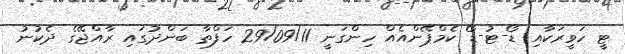
ޓީ ހަވީރަކާއި ޑޯ-ޓު-ޑޯ ކެމްޕޭންއެއް ހިންގަނީ 29/09/11 ހަފްތާ ބަންދުގައި ރާއްޖޭގެ ދެކުނު